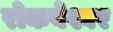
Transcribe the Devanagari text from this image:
रोकबेश्वर